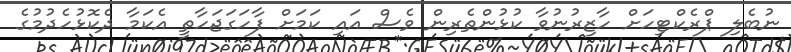
ނުބެލި ޕްރެކްޓިހަށް ހާޒިރުނުވާ ކުޅުންތެރިން ވެސް އައި ކަމަށް ފާހަގަޖަހާތީ އެކަމާ ދެކޮޅުހެދުމުގެ